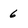
Character: 6